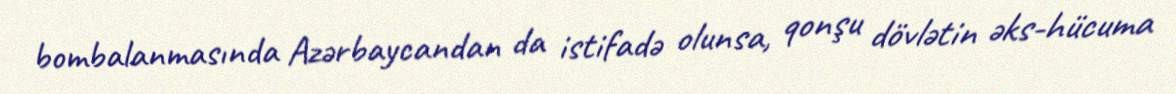
bombalanmasında Azərbaycandan da istifadə olunsa, qonşu dövlətin əks-hücuma